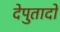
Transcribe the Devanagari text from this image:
देपुतादो